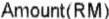
AMOUNT(RM)